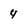
Character: 4